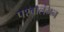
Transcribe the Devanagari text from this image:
पश्वालंभन